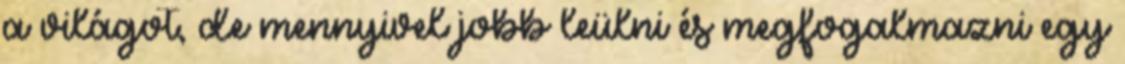
a világot, de mennyivel jobb leülni és megfogalmazni egy